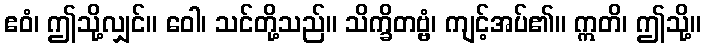
ဧဝံ၊ ဤသို့လျှင်။ ဝေါ၊ သင်တို့သည်။ သိက္ခိတဗ္ဗံ၊ ကျင့်အပ်၏။ ဣတိ၊ ဤသို့။